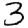
Digit: 3